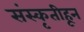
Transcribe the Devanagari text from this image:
संस्‍कृतीहून